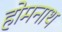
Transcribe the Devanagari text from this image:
होमनाथ